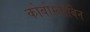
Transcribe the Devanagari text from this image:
कोबोग्लोबिन